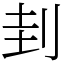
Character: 刲